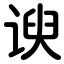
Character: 谀